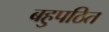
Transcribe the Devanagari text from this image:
बहुपठित